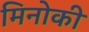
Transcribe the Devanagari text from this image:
मिनोकी